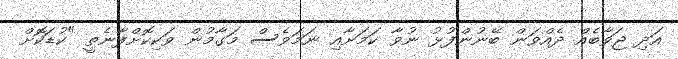
އަދި ޖަވާބެއް ދެއްވަން ބޭނުންފުޅު ނުވާ ކަމަށާއި ނަމަވެސް މަގާމުން ވަކިކޮށްފާނެތީ "ކުޑަކޮށް